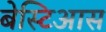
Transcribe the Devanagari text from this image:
बेस्टिआस